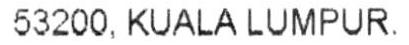
53200, KUALA LUMPUR.